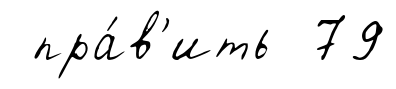
пра́в'ить 79